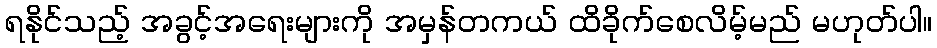
ရနိုင်သည့် အခွင့်အရေးများကို အမှန်တကယ် ထိခိုက်စေလိမ့်မည် မဟုတ်ပါ။